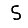
Digit: 5